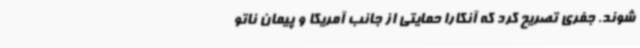
شوند. جفری تصریح کرد که آنکارا حمایتی از جانب آمریکا و پیمان ناتو